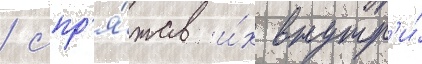
/ спр'я́тав и́х внутр'и́